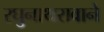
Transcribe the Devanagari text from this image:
रघुनाथरावाने